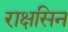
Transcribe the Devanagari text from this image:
राक्षसिन